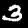
Label: 3